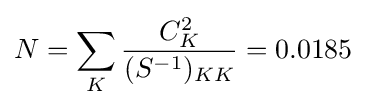
N=\sum \limits _{K}{\frac {C_{K}^{2}}{(S^{-1})_{KK}}}=0.0185